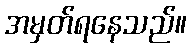
အမှတ်ရနေသည်။